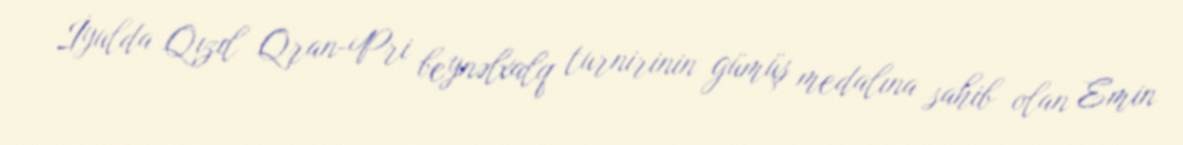
İyulda Qızıl Qran-Pri beynəlxalq turnirinin gümüş medalına sahib olan Emin